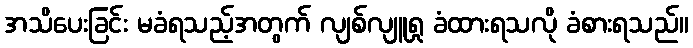
အသိပေးခြင်း မခံရသည့်အတွက် လျစ်လျူရှု ခံထားရသလို ခံစားရသည်။